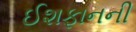
ઈશફાનની